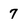
Character: 7